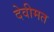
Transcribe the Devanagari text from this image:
देवीमत